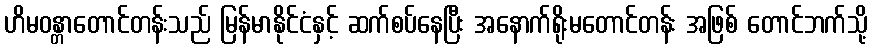
ဟိမဝန္တာတောင်တန်းသည် မြန်မာနိုင်ငံနှင့် ဆက်စပ်နေပြီး အနောက်ရိုးမတောင်တန်း အဖြစ် တောင်ဘက်သို့